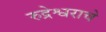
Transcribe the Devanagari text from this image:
रुद्रेश्वराचे